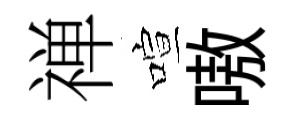
禅喧嗷